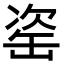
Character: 𦈱